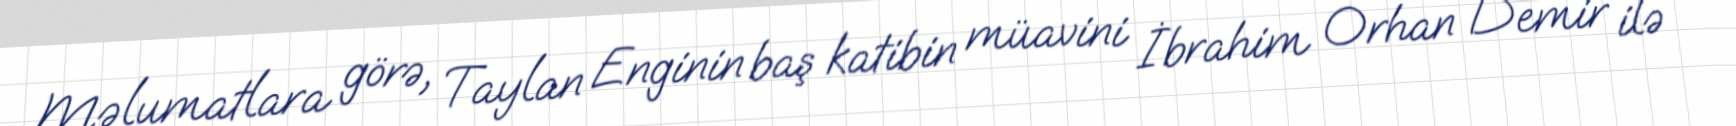
Məlumatlara görə, Taylan Enginin baş katibin müavini İbrahim Orhan Demir ilə